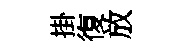
掛復放